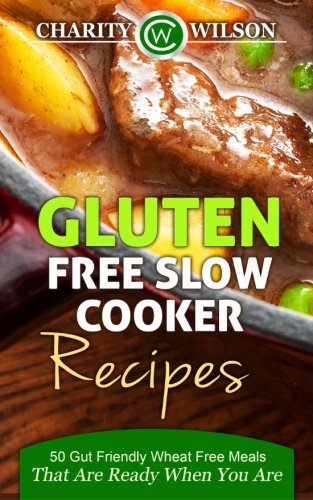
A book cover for Gluten Free Slow Cooker Recipes: 50 Gut Friendly Wheat Free Meals That Are Ready When You Are; Charity Wilson; Cookbooks, Food & Wine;